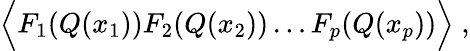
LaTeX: \Big\langle F_{1}(Q(x_{1}))F_{2}(Q(x_{2}))\dots F_{p}(Q(x_{p}))\Big\rangle\; ,